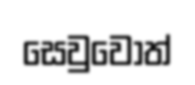
සෙවුවොත්